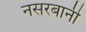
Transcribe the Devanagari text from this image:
नसरबानी